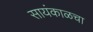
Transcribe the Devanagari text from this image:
सायंकाळचा